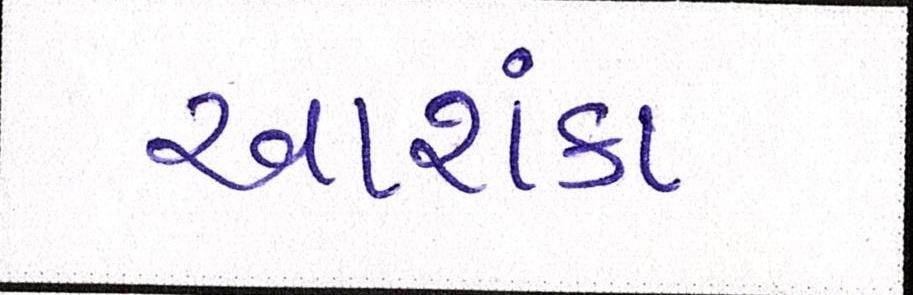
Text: આશંકા